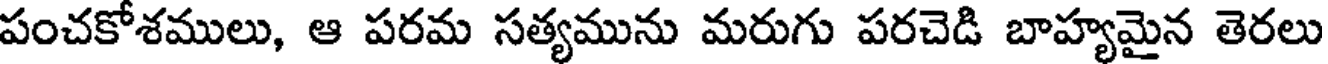
పంచకోశములు, ఆ పరమ సత్యమును మరుగు పరచెడి బాహ్యమైన తెరలు